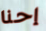
إحنا